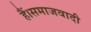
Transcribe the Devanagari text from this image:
हैं।समाजवादी